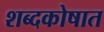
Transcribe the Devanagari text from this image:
शब्दकोषात